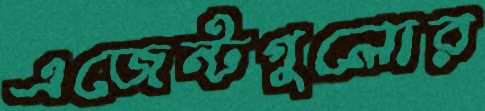
এজেন্টগুলোর